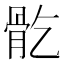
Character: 𩨘